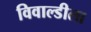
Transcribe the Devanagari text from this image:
विवाल्डीला